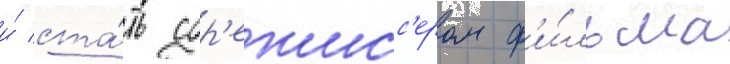
и́ ста́ть сор'ежисс'ером ф'и́льма